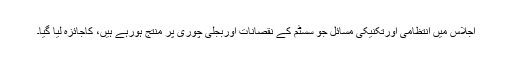
اجلاس میں انتظامی اورتکنیکی مسائل جو سسٹم کے نقصانات اوربجلی چوری پر منتج ہورہے ہیں، کاجائزہ لیا گیا۔